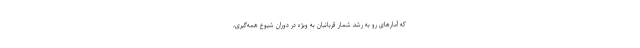
که آمارهای رو به رشد شمار قربانیان به ویژه در دوران شیوع همه‌گیری،